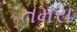
તમરા